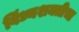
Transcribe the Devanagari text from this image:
विंध्यशक्तीचा